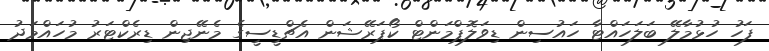
ފަހު ހުޅުމާލޭ ބަލަހައްޓާ ހައުސިން ޑިވަލޮޕްމަންޓް ކޯޕަރޭޝަން އެޗްޑީސީގެ މެނޭޖިން ޑިރެކްޓަރު މުހައްމަދު